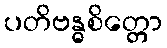
ပတိဗန္ဓစိတ္တော